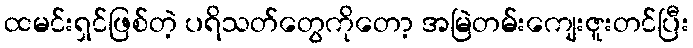
ထမင်းရှင်ဖြစ်တဲ့ ပရိသတ်တွေကိုတော့ အမြဲတမ်းကျေးဇူးတင်ပြီး